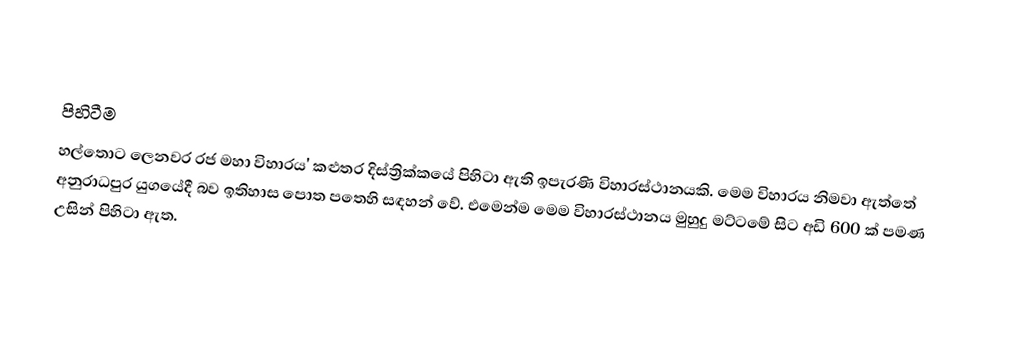

පිහිටීම
හල්තොට ලෙනවර රජ මහා විහාරය' කළුතර දිස්ත්‍රික්කයේ පිහිටා ඇති ඉපැරණි විහාරස්ථානයකි.  මෙම විහාරය නිමවා ඇත්තේ අනුරාධපුර යුගයේදී බව ඉතිහාස පොත පතෙහි සඳහන් වේ. එමෙන්ම මෙම විහාරස්ථානය මුහුදු මට්ටමේ සිට අඩි 600 ක් පමණ උසින් පිහිටා ඇත.